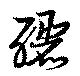
釃